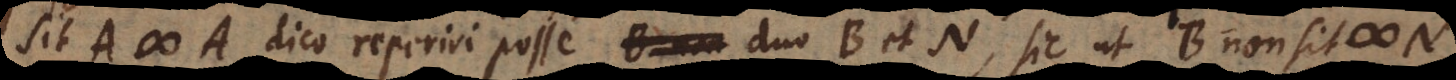
Sit A # A dico reperiri posse duo B et N, sic ut B non sit #